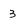
Character: 3